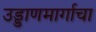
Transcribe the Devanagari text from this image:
उड्डाणमार्गाचा